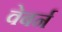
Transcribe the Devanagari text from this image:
वेबर्न